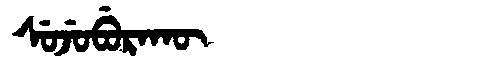
Manchu: ᠰᡠᠵᡠᠪᡠᡵᠠᡴᡡ
Romanization: SUJUBURAKŪ